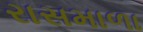
રાસમાળા